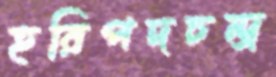
হরিপদচন্দ্র